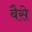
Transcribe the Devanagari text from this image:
बैसे